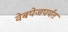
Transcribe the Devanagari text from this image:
वेबपेजपर्यंत